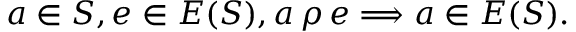
a \in S , e \in E ( S ) , a \, \rho \, e \Longrightarrow a \in E ( S ) .